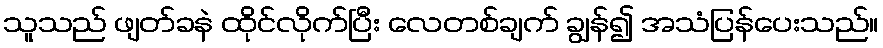
သူသည် ဖျတ်ခနဲ ထိုင်လိုက်ပြီး လေတစ်ချက် ချွန်၍ အသံပြန်ပေးသည်။